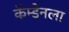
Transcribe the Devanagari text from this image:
कॅम्डेनला